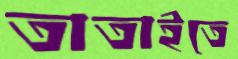
তাতাইতে